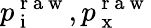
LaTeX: p_{\mathrm{~i~}}^{\mathrm{~r~a~w~}},p_{\mathrm{~x~}}^{\mathrm{~r~a~w~}}